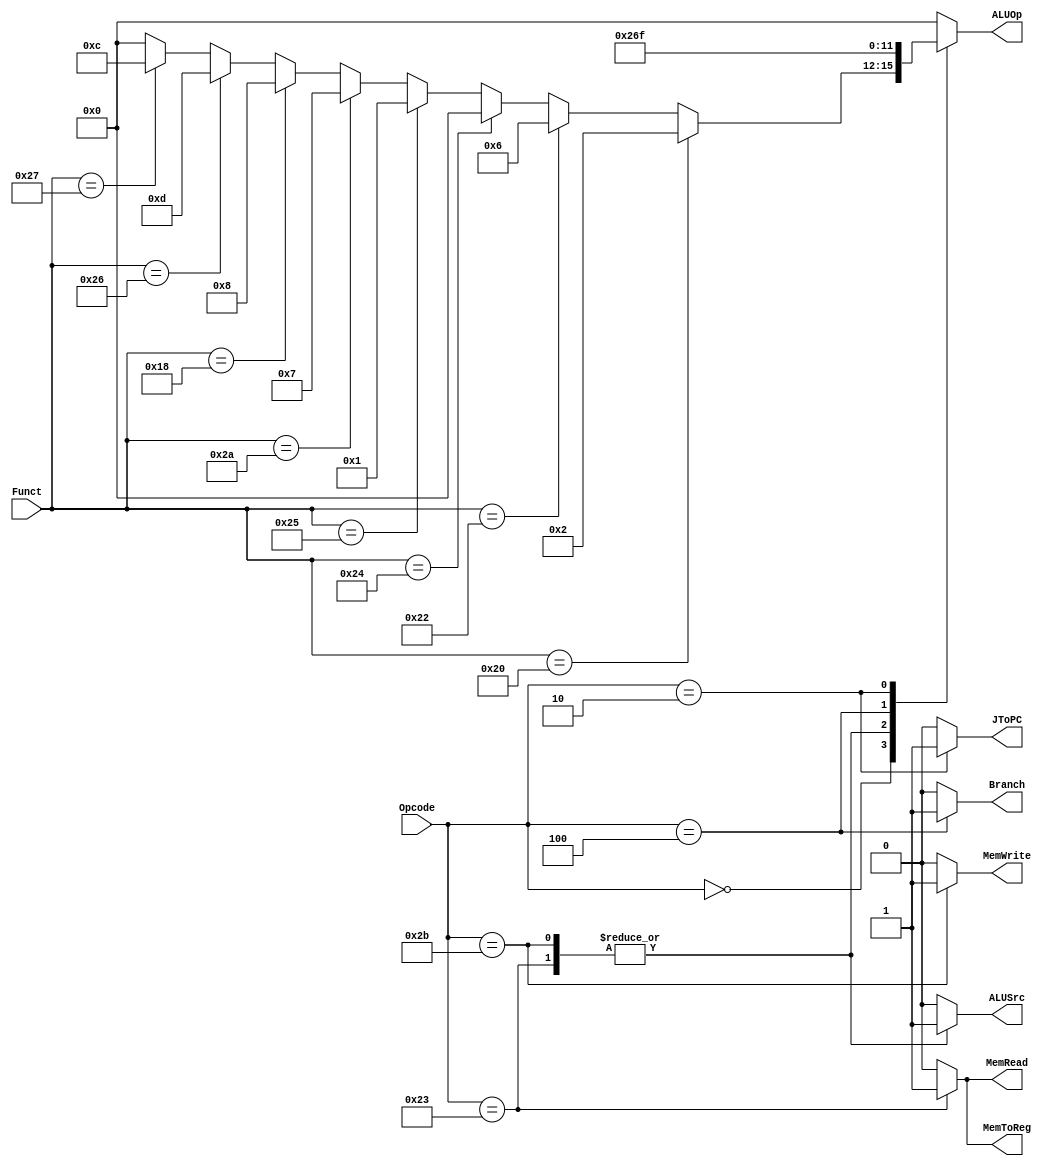
module Control(
		input wire [5:0] Opcode, Funct,
		output reg ALUSrc, MemWrite, MemRead, MemToReg, JToPC, Branch,
		output reg [3:0] ALUOp );

always @(*)
begin
	case (Opcode)
		6'b000000 : begin // R Type - add, sub, and, or, slt
			ALUSrc = 0; MemWrite = 0; MemRead = 0; MemToReg = 0; JToPC = 0; Branch = 0;
			if(Funct == 6'b100000)	ALUOp = 4'b0010; // add
			else if(Funct == 6'b100010) ALUOp = 4'b0110; // sub
			else if(Funct == 6'b100100) ALUOp = 4'b0000; // and
			else if(Funct == 6'b100101) ALUOp = 4'b0001; // or
			else if(Funct == 6'b101010) ALUOp = 4'b0111; // slt
			else if(Funct == 6'b011000) ALUOp = 4'b1000; // mult
			else if(Funct == 6'b100110) ALUOp = 4'b1101; // xor
			else if(Funct == 6'b100111) ALUOp = 4'b1100; // nor
			else ALUOp = 4'b0000; // To avoid creating a latch
		end
		6'b100011 : begin // Load Word
			ALUSrc = 1; MemWrite = 0; MemRead = 1; MemToReg = 1; JToPC = 0; Branch = 0;
			ALUOp = 4'b0010; // add for lw
		end
		6'b101011 : begin // Store Word
			ALUSrc = 1; MemWrite = 1; MemRead = 0; JToPC = 0; Branch = 0;
			ALUOp = 4'b0010; // add for sw
			MemToReg = 0; // To avoid creating a latch
		end
		6'b000100 : begin // Beq
		 	ALUSrc = 0; MemWrite = 0; MemRead = 0; JToPC = 0; Branch = 1;
			ALUOp = 4'b0110; // sub for beq
			MemToReg = 0; // To avoid creating a latch
		end
		6'b000010 : begin// Jump
			MemWrite = 0; MemRead = 0; JToPC = 1; Branch = 0;
			ALUOp = 4'b1111;
			ALUSrc = 0; MemToReg = 0;// To avoid creating a latch
		end
		default : begin // To avoid creating a latch
			ALUSrc = 0; MemWrite = 0; MemRead = 0; MemToReg = 0; JToPC = 0; Branch = 0;
			ALUOp = 4'b0000;
		end
	endcase
end

initial
begin
 	ALUSrc = 0; MemWrite = 0; MemRead = 0; MemToReg = 0; JToPC = 0; Branch = 0;
	//ALUOp = 4'b0000;
end
endmodule